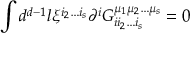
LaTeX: \int d ^ { d - 1 } l \xi ^ { i _ { 2 } \ldots i _ { s } } \partial ^ { i } G _ { i i _ { 2 } \ldots i _ { s } } ^ { \mu _ { 1 } \mu _ { 2 } \ldots \mu _ { s } } = 0